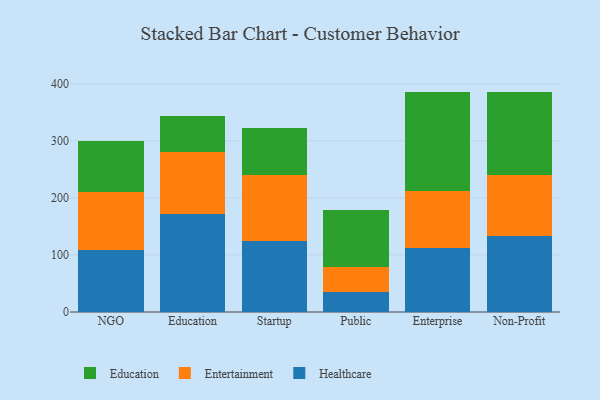
{"axis": {"x": "Segment", "y": "Tickets Resolved"}, "legend": ["Education", "Entertainment", "Healthcare"], "data": [{"x": "NGO", "y": 109.3, "type": "Healthcare"}, {"x": "NGO", "y": 100.5, "type": "Entertainment"}, {"x": "NGO", "y": 90.1, "type": "Education"}, {"x": "Education", "y": 172.4, "type": "Healthcare"}, {"x": "Education", "y": 108.9, "type": "Entertainment"}, {"x": "Education", "y": 62.7, "type": "Education"}, {"x": "Startup", "y": 125.2, "type": "Healthcare"}, {"x": "Startup", "y": 115.6, "type": "Entertainment"}, {"x": "Startup", "y": 81.4, "type": "Education"}, {"x": "Public", "y": 35.8, "type": "Healthcare"}, {"x": "Public", "y": 43.3, "type": "Entertainment"}, {"x": "Public", "y": 99.7, "type": "Education"}, {"x": "Enterprise", "y": 111.7, "type": "Healthcare"}, {"x": "Enterprise", "y": 100.1, "type": "Entertainment"}, {"x": "Enterprise", "y": 173.8, "type": "Education"}, {"x": "Non-Profit", "y": 133.9, "type": "Healthcare"}, {"x": "Non-Profit", "y": 105.5, "type": "Entertainment"}, {"x": "Non-Profit", "y": 146.9, "type": "Education"}]}